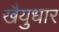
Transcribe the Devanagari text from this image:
खैयुधार